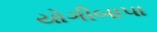
યોગીબાપા